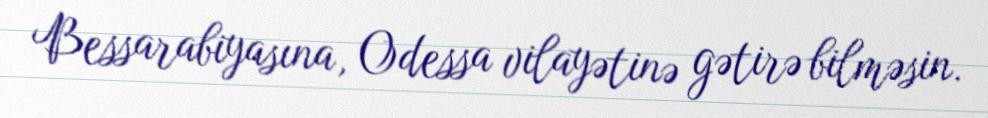
Bessarabiyasına, Odessa vilayətinə gətirə bilməsin.